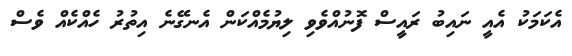
އެކަމަކު އެއީ ނައިބު ރައީސް ފޮނުއްވެވި ލިޔުމެއްކަން އެނގޭނެ އިތުރު ހެއްކެއް ވެސް